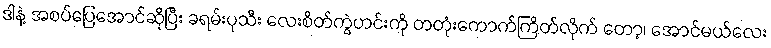
ဒါနဲ့ အစပ်ပြေအောင်ဆိုပြီး ခရမ်းပုသီး လေးစိတ်ကွဲဟင်းကို တတုံးကောက်ကြိတ်လိုက် တော့၊ အောင်မယ်လေး